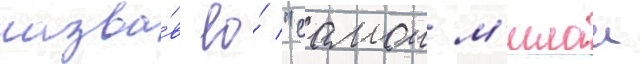
назва́в ео́ "самои м'илои